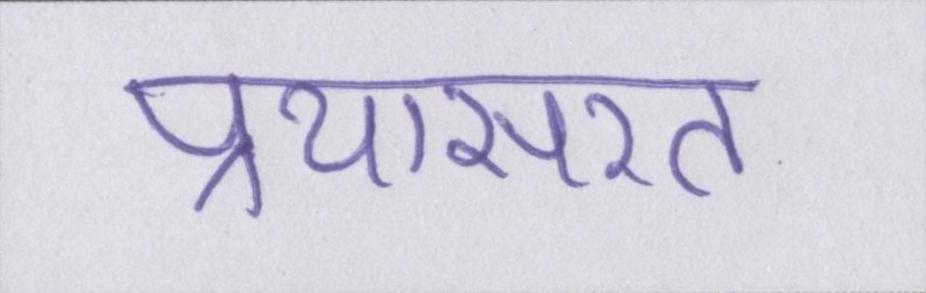
प्रयासरत